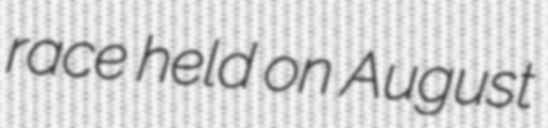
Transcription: race held on August